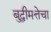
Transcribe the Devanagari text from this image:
बुद्धीमत्तेचा